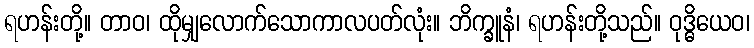
ရဟန်းတို့။ တာဝ၊ ထိုမျှလောက်သောကာလပတ်လုံး။ ဘိက္ခူနံ၊ ရဟန်းတို့သည်။ ဝုဒ္ဓိယေဝ၊